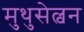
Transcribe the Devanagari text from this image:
मुथुसेल्वन